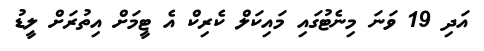
އަދި 19 ވަނަ މިނެޓުގައި މައިކަލް ކެރިކް އެ ޓީމަށް އިތުރަށް ލީޑު